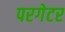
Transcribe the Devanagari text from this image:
परगेटर